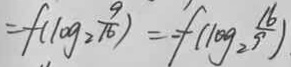
= f ( 1 0 g _ { 2 } \frac { 9 } { 1 6 } ) = - f ( 1 0 g \frac { 1 6 } { 2 9 } )